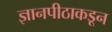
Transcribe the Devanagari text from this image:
ज्ञानपीठाकडून